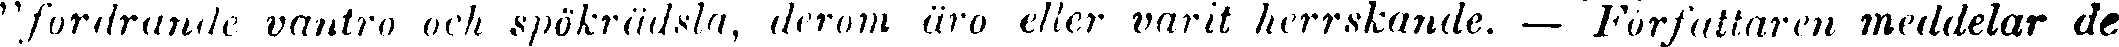
" fordrande vantro och spökrädsla, derom en äro eller varit herrskande. — Författaren meddelar de